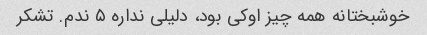
خوشبختانه همه چیز اوکی بود، دلیلی نداره ۵ ندم. تشکر